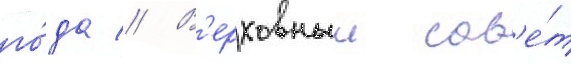
го́да // В'ерховныи сов'е́т